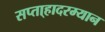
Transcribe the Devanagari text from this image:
सप्ता्हादरम्यान